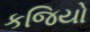
કજિયો